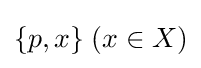
\{p,x\}\;(x\in X)